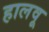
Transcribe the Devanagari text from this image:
हालवू